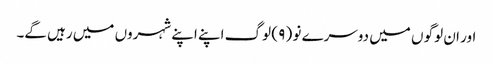
اور ان لوگو ں میں دوسرے نو ( ۹ ) لوگ اپنے اپنے شہروں میں رہیں گے۔